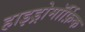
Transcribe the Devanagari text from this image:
हाइड्रोमॉर्फ़िक